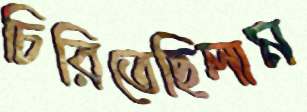
চিরিতেছিলাম